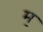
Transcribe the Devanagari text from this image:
म॒